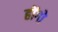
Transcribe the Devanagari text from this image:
होंगो